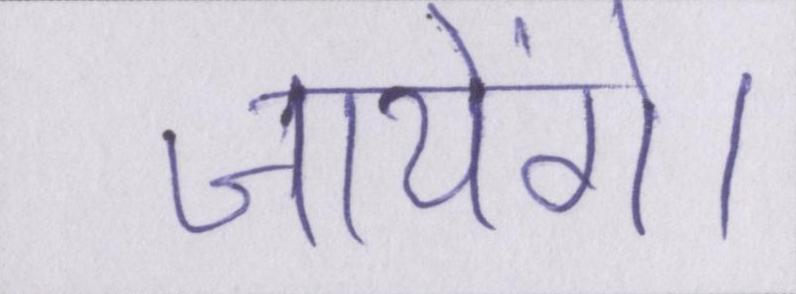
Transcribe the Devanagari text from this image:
जायेंगे।